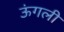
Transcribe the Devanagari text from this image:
ऊंगली